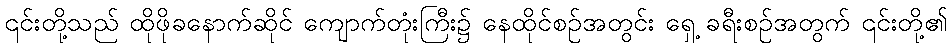
၎င်းတို့သည် ထိုဖိုခနောက်ဆိုင် ကျောက်တုံးကြီး၌ နေထိုင်စဉ်အတွင်း ရှေ့ ခရီးစဉ်အတွက် ၎င်းတို့၏